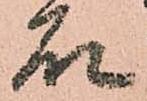
石